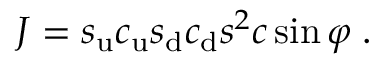
{ \cal J } = s _ { \mathrm { u } } c _ { \mathrm { u } } s _ { \mathrm { d } } c _ { \mathrm { d } } s ^ { 2 } c \sin \varphi \; .